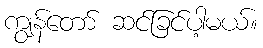
ကျွန်တော် ဆင်ခြင်ပါ့မယ်။